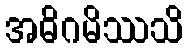
အဓိဂမိဿသိ